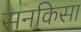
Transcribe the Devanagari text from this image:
सनकिसा